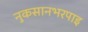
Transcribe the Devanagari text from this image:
नुकसानभरपाइ